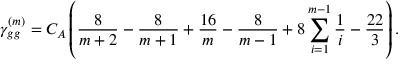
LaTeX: \gamma _ { g g } ^ { ( m ) } = C _ { A } \left( \frac { 8 } { m + 2 } - \frac { 8 } { m + 1 } + \frac { 1 6 } { m } - \frac { 8 } { m - 1 } + 8 \sum _ { i = 1 } ^ { m - 1 } \frac { 1 } { i } - \frac { 2 2 } { 3 } \right) .